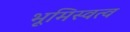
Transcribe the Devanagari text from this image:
भूमिस्वत्व